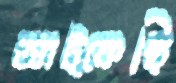
আট্‌কেছি